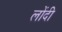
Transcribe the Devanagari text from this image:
लोंदी